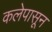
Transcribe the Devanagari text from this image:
कलेपासून